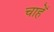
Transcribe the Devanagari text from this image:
चाहेँ